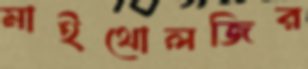
মাইথোলজির